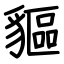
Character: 貙